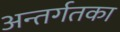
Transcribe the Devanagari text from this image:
अन्तर्गतका